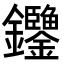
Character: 𨰶